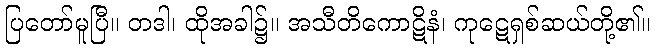
ပြတော်မူပြီ။ တဒါ၊ ထိုအခါ၌။ အသီတိကောဋိနံ၊ ကုဋေရှစ်ဆယ်တို့၏။